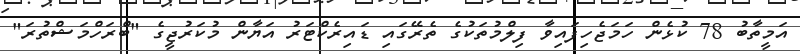
އަމީތާބު 78 ކުޅެން ހަމަޖެހިފައިވާ ފިލްމުތަކުގެ ތެރޭގައި ޑައިރެކްޓަރު އަޔާން މުކަރުޖީގެ "ބްރަހްމަޝްތުރަ"